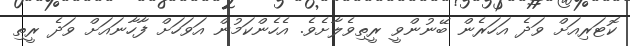
ކޮޓަރިއަށް ވަދެ އަހަރެން ބޭނުންވީ ރީތިވެލާށެވެ. އެހެންކަމުން އަވަހަށް ފާހާނައަށް ވަދެ ރީތި